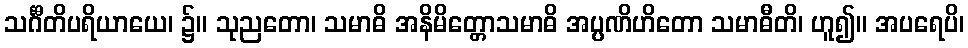
သင်္ဂီတိပရိယာယေ၊ ၌။ သုညတော၊ သမာဓိ အနိမိတ္တောသမာဓိ အပ္ပဏိဟိတော သမာဓီတိ၊ ဟူ၍။ အပရေပိ၊